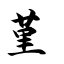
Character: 堇